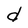
Character: d